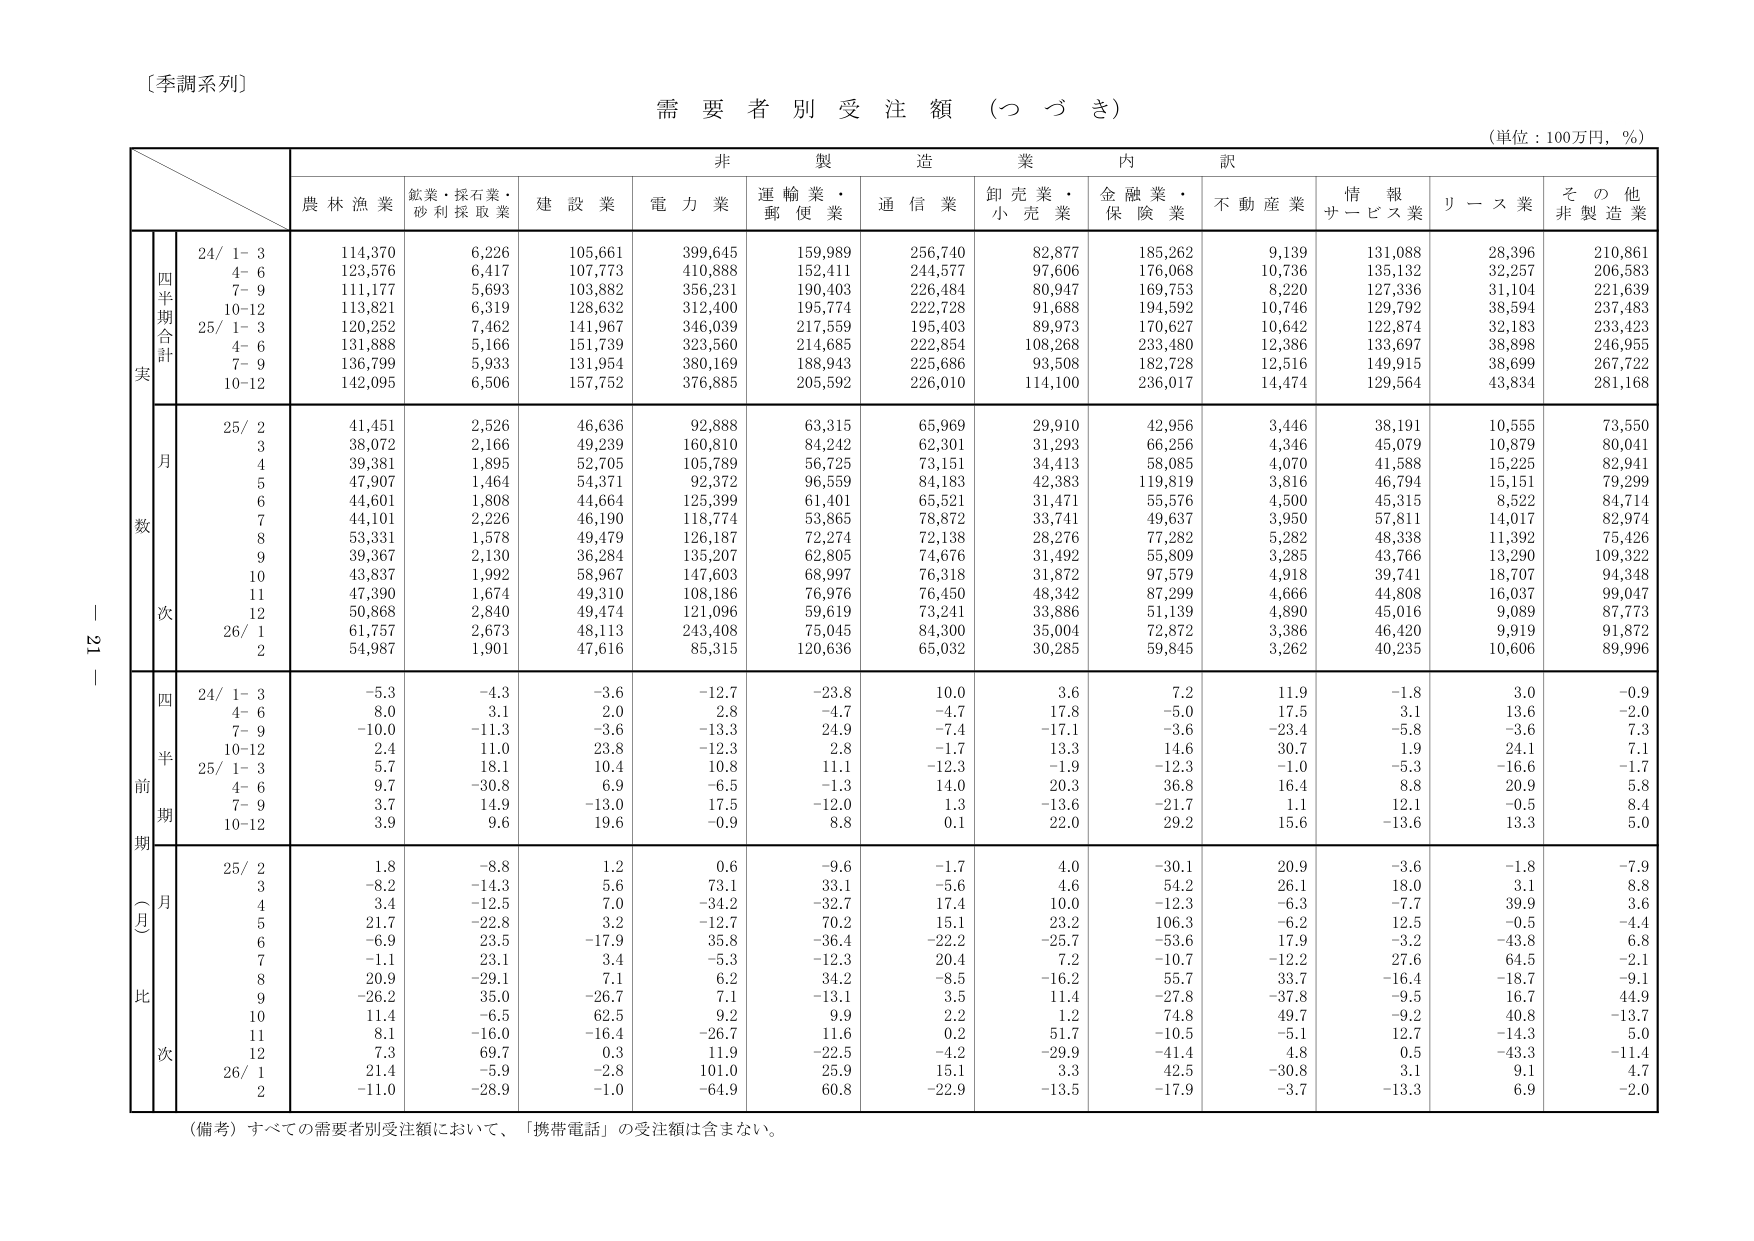
〔季調系列〕

需要者別受注額（つづき）

（単位：100万円，％）

非製造業内訳

農林漁業　鉱業・採石業・砂利採取業　建設業　電力業　運輸業・郵便業　通信業　卸売業・小売業　金融業・保険業　不動産業　情報サービス業　リース業　その他非製造業

四半期合計
実
24/ 1-3　114,370　6,226　105,661　399,645　159,989　256,740　82,877　185,262　9,139　131,088　28,396　210,861
　4-6　123,576　6,417　107,773　410,888　152,411　244,577　97,606　176,068　10,736　135,132　32,257　206,583
　7-9　111,177　5,693　103,882　356,231　190,403　226,484　80,947　169,753　8,220　127,336　31,104　221,639
　10-12　113,821　6,319　128,632　312,400　195,774　222,728　91,688　194,592　10,746　129,792　38,594　237,483
25/ 1-3　120,252　7,462　141,967　346,039　217,559　195,403　89,973　170,627　10,642　122,874　32,183　233,423
　4-6　131,888　5,166　151,739　323,560　214,685　222,854　108,268　233,480　12,386　133,697　38,898　246,955
　7-9　136,799　5,933　131,954　380,169　188,943　225,686　93,508　182,728　12,516　149,915　38,699　267,722
　10-12　142,095　6,506　157,752　376,885　205,592　226,010　114,100　236,017　14,474　129,564　43,834　281,168

月数
25/ 2　41,451　2,526　46,636　92,888　63,315　65,969　29,910　42,956　3,446　38,191　10,555　73,550
　3　38,072　2,166　49,239　160,810　84,242　62,301　31,293　66,256　4,346　45,079　10,879　80,041
　4　39,381　1,895　52,705　105,789　56,725　73,151　34,413　58,085　4,070　41,588　15,225　82,941
　5　47,907　1,464　54,371　92,372　96,559　84,183　42,383　119,819　3,816　46,794　15,151　79,299
　6　44,601　1,808　44,664　125,399　61,401　65,521　31,471　55,576　4,500　45,315　8,522　84,714
　7　44,101　2,226　46,190　118,774　53,865　78,872　33,741　49,637　3,950　57,811　14,017　82,974
　8　53,331　1,578　49,479　126,187　72,274　72,138　28,276　77,282　5,282　48,338　11,392　75,426
　9　39,367　2,130　36,284　135,207　62,805　74,676　31,492　55,809　3,285　43,766　13,290　109,322
　10　43,837　1,992　58,967　147,603　68,997　76,318　31,872　97,579　4,918　39,741　18,707　94,348
　11　47,390　1,674　49,310　108,186　76,976　76,450　48,342　87,299　4,666　44,808　16,037　99,047
　12　50,868　2,840　49,474　121,096　59,619　73,241　33,886　51,139　4,890　45,016　9,089　87,773
26/ 1　61,757　2,673　48,113　243,408　75,045　84,300　35,004　72,872　3,386　46,420　9,919　91,872
　2　54,987　1,901　47,616　85,315　120,636　65,032　30,285　59,845　3,262　40,235　10,606　89,996

四半期前期（月比）
24/ 1-3　-5.3　-4.3　-3.6　-12.7　-23.8　10.0　3.6　7.2　11.9　-1.8　3.0　-0.9
　4-6　8.0　3.1　2.0　2.8　-4.7　-4.7　17.8　-5.0　17.5　3.1　13.6　-2.0
　7-9　-10.0　-11.3　-3.6　-13.3　24.9　-7.4　-17.1　-3.6　-23.4　-5.8　-3.6　7.3
　10-12　2.4　11.0　23.8　-12.3　2.8　-1.7　13.3　14.6　30.7　1.9　24.1　7.1
25/ 1-3　5.7　18.1　10.4　10.8　11.1　-12.3　-1.9　-12.3　-1.0　-5.3　-16.6　-1.7
　4-6　9.7　-30.8　6.9　-6.5　-1.3　14.0　20.3　36.8　16.4　8.8　20.9　5.8
　7-9　3.7　14.9　-13.0　17.5　-12.0　1.3　-13.6　-21.7　1.1　12.1　-0.5　8.4
　10-12　3.9　9.6　19.6　-0.9　8.8　0.1　22.0　29.2　15.6　-13.6　13.3　5.0

月比
25/ 2　1.8　-8.8　1.2　0.6　-9.6　-1.7　4.0　-30.1　20.9　-3.6　-1.8　-7.9
　3　-8.2　-14.3　5.6　73.1　33.1　-5.6　4.6　54.2　26.1　18.0　3.1　8.8
　4　3.4　-12.5　7.0　-34.2　-32.7　17.4　10.0　-12.3　-6.3　-7.7　39.9　3.6
　5　21.7　-22.8　3.2　-12.7　70.2　15.1　23.2　106.3　-6.2　12.5　-0.5　-4.4
　6　-6.9　23.5　-17.9　35.8　-36.4　-22.2　-25.7　-53.6　17.9　-3.2　-43.8　6.8
　7　-1.1　23.1　3.4　-5.3　-12.3　20.4　7.2　-10.7　-12.2　27.6　64.5　-2.1
　8　20.9　-29.1　7.1　6.2　34.2　-8.5　-16.2　55.7　33.7　-16.4　-18.7　-9.1
　9　-26.2　35.0　-26.7　7.1　-13.1　3.5　11.4　-27.8　-37.8　-9.5　16.7　44.9
　10　11.4　-6.5　62.5　9.2　9.9　2.2　1.2　74.8　49.7　-9.2　40.8　-13.7
　11　8.1　-16.0　-16.4　-26.7　11.6　0.2　51.7　-10.5　-5.1　12.7　-14.3　5.0
　12　7.3　69.7　0.3　11.9　-22.5　-4.2　-29.9　-41.4　4.8　0.5　-43.3　-11.4
26/ 1　21.4　-5.9　-2.8　101.0　25.9　15.1　3.3　42.5　-30.8　3.1　9.1　4.7
　2　-11.0　-28.9　-1.0　-64.9　60.8　-22.9　-13.5　-17.9　-3.7　-13.3　6.9　-2.0

（備考）すべての需要者別受注額において、「携帯電話」の受注額は含まない。

－ 21 －